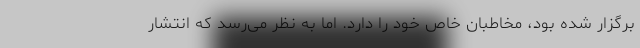
برگزار شده بود، مخاطبان خاص خود را دارد. اما به نظر می‌رسد که انتشار